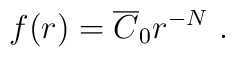
f(r)=\overline{C}_0r^{-N}\mbox{ .}